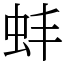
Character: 蚌